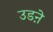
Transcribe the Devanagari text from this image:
उडऩे